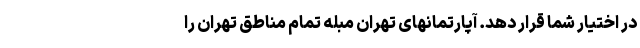
در اختیار شما قرار دهد. آپارتمانهای تهران مبله تمام مناطق تهران را